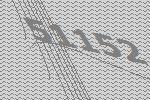
51152